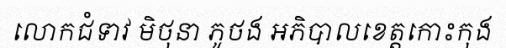
លោកជំទាវ មិថុនា ភូថង អភិបាលខេត្តកោះកុង